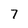
Character: 7